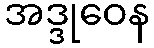
အဒ္ဒုဝေန